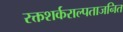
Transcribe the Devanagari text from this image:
रक्तशर्कराल्पताजनित